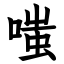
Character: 嗤